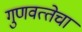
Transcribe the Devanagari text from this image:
गुणवत्‍तेचा